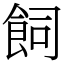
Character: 飼